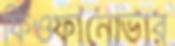
ফিওফানোভার